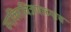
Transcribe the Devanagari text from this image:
व्यक्तिचित्रणाच्याच